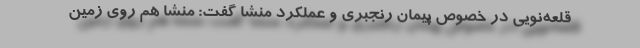
قلعه‌نویی در خصوص پیمان رنجبری و عملکرد منشا گفت: منشا هم روی زمین